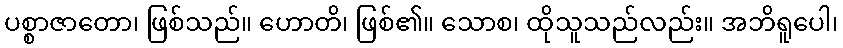
ပစ္စာဇာတော၊ ဖြစ်သည်။ ဟောတိ၊ ဖြစ်၏။ သောစ၊ ထိုသူသည်လည်း။ အဘိရူပေါ၊